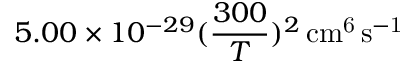
5 . 0 0 \times 1 0 ^ { - 2 9 } ( \frac { 3 0 0 } { T } ) ^ { 2 } \, \mathrm { c m ^ { 6 } \, s ^ { - 1 } }